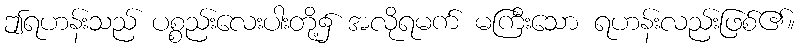
ဤရဟန်းသည် ပစ္စည်းလေးပါးတို့၌ အလိုရမက် မကြီးသော ရဟန်းလည်းဖြစ်၏။